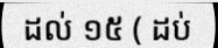
ដល់ ១៥ ( ដប់